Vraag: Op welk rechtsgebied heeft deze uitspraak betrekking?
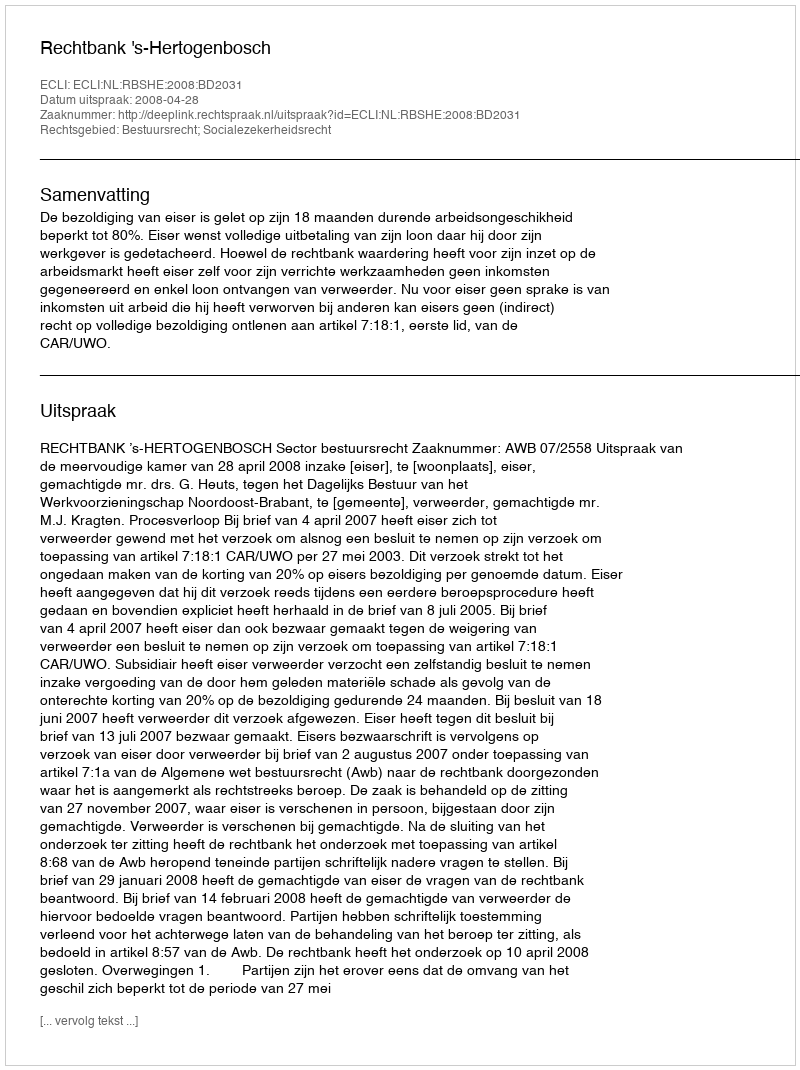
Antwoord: Bestuursrecht; Socialezekerheidsrecht